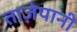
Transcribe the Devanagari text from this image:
ताज़ेपानी